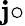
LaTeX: \mathbf{j}\circ